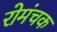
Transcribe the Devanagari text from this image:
रोमंचक